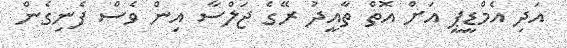
އަދި އެމްޑީޕީ އަށް އޮތް ތާއީދު ރޭގެ ޖަލްސާ އިން ވެސް ފެނިގެން